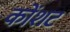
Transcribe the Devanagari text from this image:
कोंशट